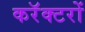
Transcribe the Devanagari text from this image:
करॅक्टरों